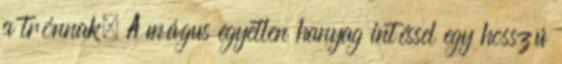
a trónnak. A mágus egyetlen hanyag intéssel egy hosszú